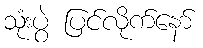
သုံးပွဲ ပြင်လိုက်နော်